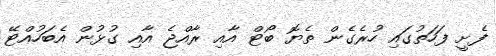
ފެށީ ފަހަތުގައި ހުރެގެން ތެޔޮ ބޯޓް އާއި ރާއްޖެ އާއި ގުޅުން އެބަހުއްޓޭ